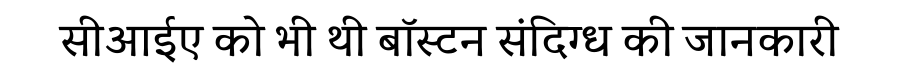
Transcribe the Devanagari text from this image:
सीआईए को भी थी बॉस्टन संदिग्ध की जानकारी